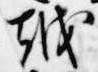
越